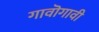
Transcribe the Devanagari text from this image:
गावॊगावी